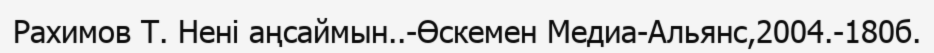
Рахимов Т. Нені аңсаймын..-Өскемен Медиа-Альянс,2004.-180б.